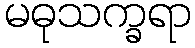
မဓုသက္ခရာ